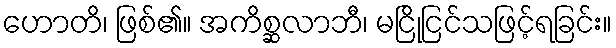
ဟောတိ၊ ဖြစ်၏။ အကိစ္ဆလာဘီ၊ မငြိုငြင်သဖြင့်ရခြင်း။